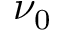
\nu _ { 0 }